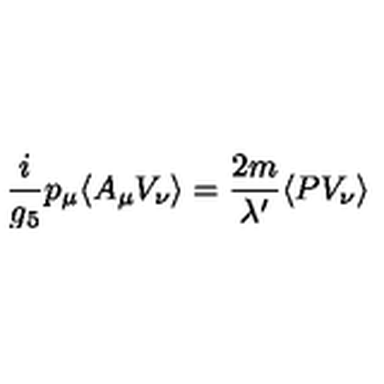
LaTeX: \frac { i } { g _ { 5 } } p _ { \mu } \langle A _ { \mu } V _ { \nu } \rangle = \frac { 2 m } { \lambda ^ { \prime } } \langle P V _ { \nu } \rangle